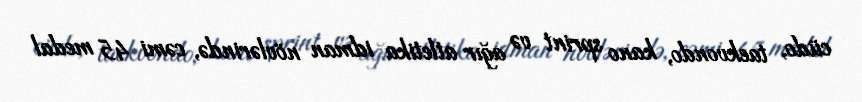
cüdo, taekvondo, kano sprint və ağır atletika idman növlərində, cəmi 45 medal